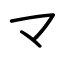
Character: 龴